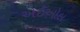
એઈઓલ